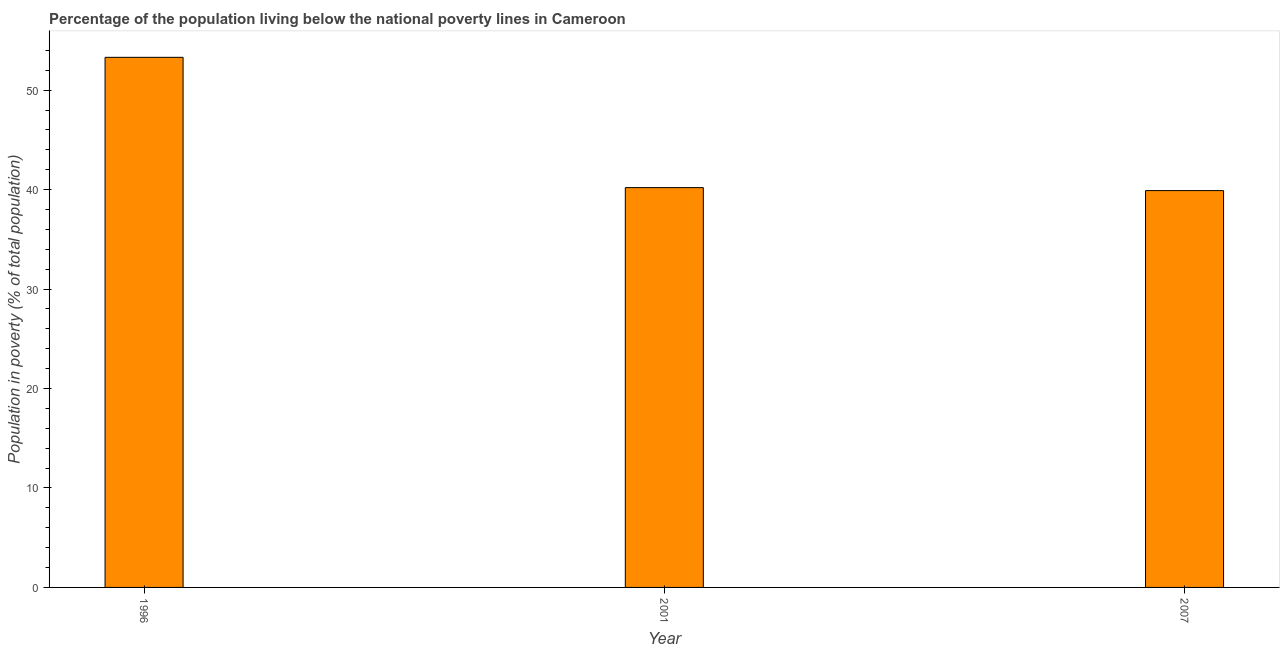
| Year | Poverty headcount ratio |
 | --- | --- |
 | 1996 | 53.3 |
 | 2001 | 40.2 |
 | 2007 | 39.9 |